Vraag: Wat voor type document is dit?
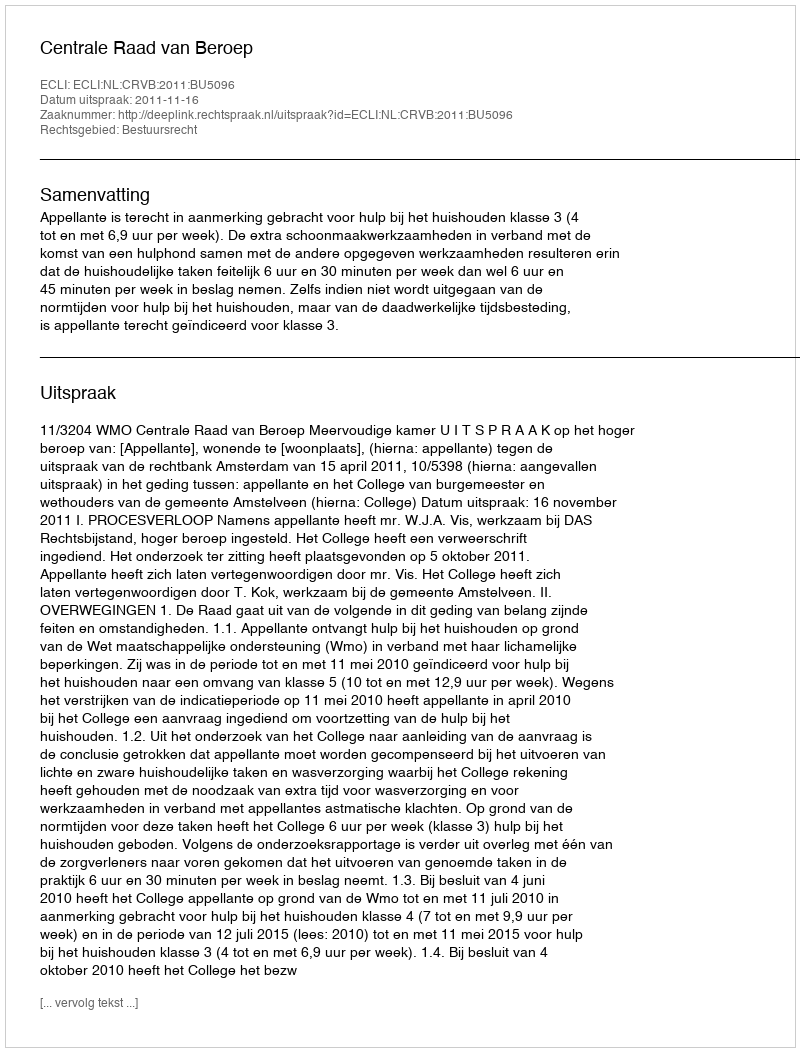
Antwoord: Uitspraak